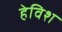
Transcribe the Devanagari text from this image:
हेविश